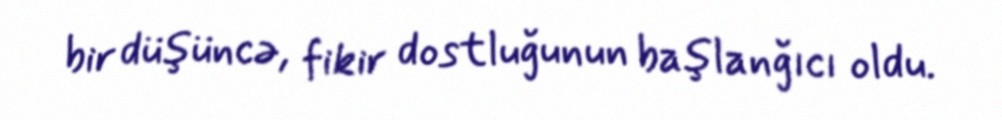
bir düşüncə, fikir dostluğunun başlanğıcı oldu.